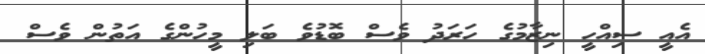
އެއީ ސިއްހީ ނިޒާމުގެ ހަރަދު ވެސް ބޮޑުވެ ބަލި މީހުންގެ އަތުން ވެސް